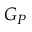
G _ { P }